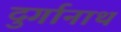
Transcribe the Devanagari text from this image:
दुर्गानाथ